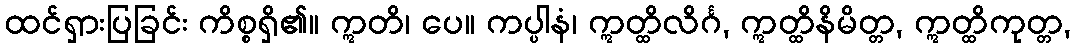
ထင်ရှားပြခြင်း ကိစ္စရှိ၏။ ဣတိ၊ ပေ။ ကပ္ပါနံ၊ ဣတ္ထိလိင်္ဂ, ဣတ္ထိနိမိတ္တ, ဣတ္ထိကုတ္တ,